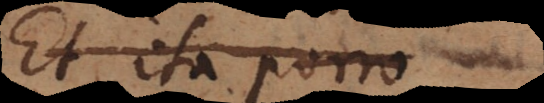
et ita porro,